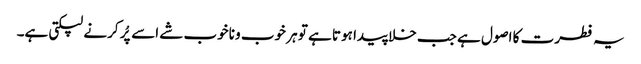
یہ فطرت کا اصول ہے جب خلا پیدا ہوتا ہے تو ہر خوب و ناخوب شے اسے پُر کرنے لپکتی ہے۔